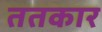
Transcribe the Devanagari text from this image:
ततकार